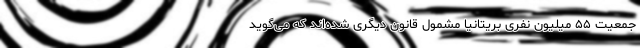
جمعیت ۵۵ میلیون نفری بریتانیا مشمول قانون دیگری شده‌اند که می‌گوید